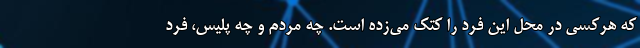
که هرکسی در محل این فرد را کتک می‌زده است. چه مردم و چه پلیس، فرد